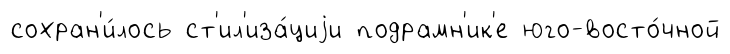
сохран'и́лось ст'ил'иза́циjи подрамн'ик'е юго-восто́чной